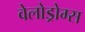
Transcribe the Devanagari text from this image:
वेलोड्रोम्स